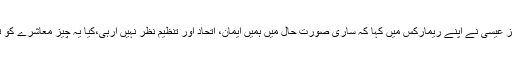
جسٹس قاضی فائز عیسٰی نے اپنے ریمارکس میں کہا کہ ساری صورتِ حال میں ہمیں ایمان، اتحاد اور تنظیم نظر نہیں آرہی،کیا یہ چیز معاشرے کو تباہ نہیں کررہی؟